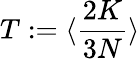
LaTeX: T:=\langle\frac{2K}{3N}\rangle